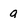
Character: g